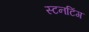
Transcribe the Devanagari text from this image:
स्टनटिंग